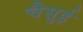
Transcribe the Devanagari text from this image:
चैसुई